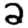
Digit: 2